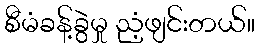
စီမံခန့်ခွဲမှု ညံ့ဖျင်းတယ်။